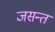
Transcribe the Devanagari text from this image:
जसन्त